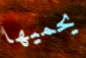
يحميها